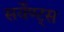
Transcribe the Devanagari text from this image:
सर्वेण्ट्स